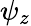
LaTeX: \psi_{z}